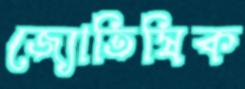
জ্যোতিষিক